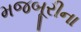
મજબૂરીના